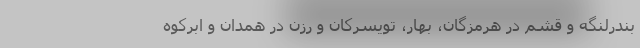
بندرلنگه و قشم در هرمزگان، بهار، تویسرکان و رزن در همدان و ابرکوه